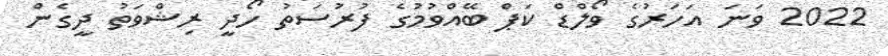
2022 ވަނަ އަހަރުގެ ވޯލްޑް ކަޕް ބޭއްވުމުގެ ފުރުސަތު ހޯދީ ރިޝްވަތު ދީގެން